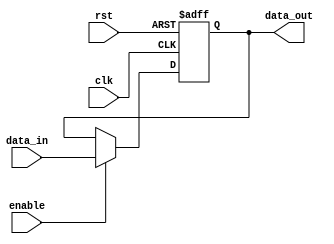
module fallback_bypass_register (
    input wire clk,
    input wire rst,
    input wire [DATA_WIDTH-1:0] data_in,
    input wire enable,
    output reg [DATA_WIDTH-1:0] data_out
);

parameter DATA_WIDTH = 8;
parameter DEFAULT_VALUE = 8'hFF; // Default value to be used in case of synchronization failures or timing constraints violations

reg [DATA_WIDTH-1:0] fallback_value;

always @ (posedge clk or posedge rst) begin
    if (rst) begin
        fallback_value <= DEFAULT_VALUE;
    end else begin
        if (enable) begin
            fallback_value <= data_in;
        end
    end
end

assign data_out = fallback_value;

endmodule